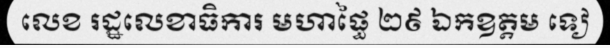
លេខ រដ្ឋលេខាធិការ មហាផ្ធៃ ២៩ ឯកឧត្តម ទៀ